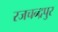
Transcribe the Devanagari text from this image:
रजचन्द्रपुर